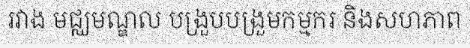
រវាង មជ្ឈមណ្ឌល បង្រួបបង្រួមកម្មករ និងសហភាព